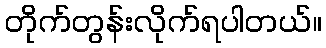
တိုက်တွန်းလိုက်ရပါတယ်။